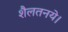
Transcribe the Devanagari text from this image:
शैलतनये।